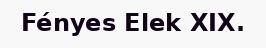
Fényes Elek XIX.